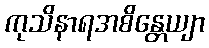
ကုသိနာရအစိန္တေယျာ